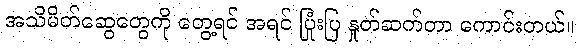
အသိမိတ်ဆွေတွေကို တွေ့ရင် အရင် ပြုံးပြ နှုတ်ဆက်တာ ကောင်းတယ်။